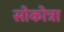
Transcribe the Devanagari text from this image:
सोकोत्रा